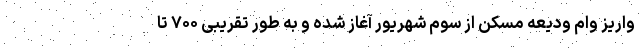
واریز وام ودیعه مسکن از سوم شهریور آغاز شده و به طور تقریبی ۷۰۰ تا